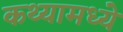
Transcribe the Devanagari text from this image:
कथ्यामध्ये